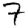
Digit: 7